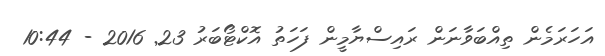
އަހަރަމެން ތިއްބަވާނަން ރައިސްޔާމީން ފަހަތު އޮކްޓޯބަރު 23